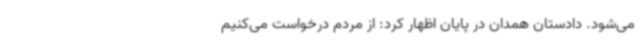
می‌شود. دادستان همدان در پایان اظهار کرد: از مردم درخواست می‌کنیم